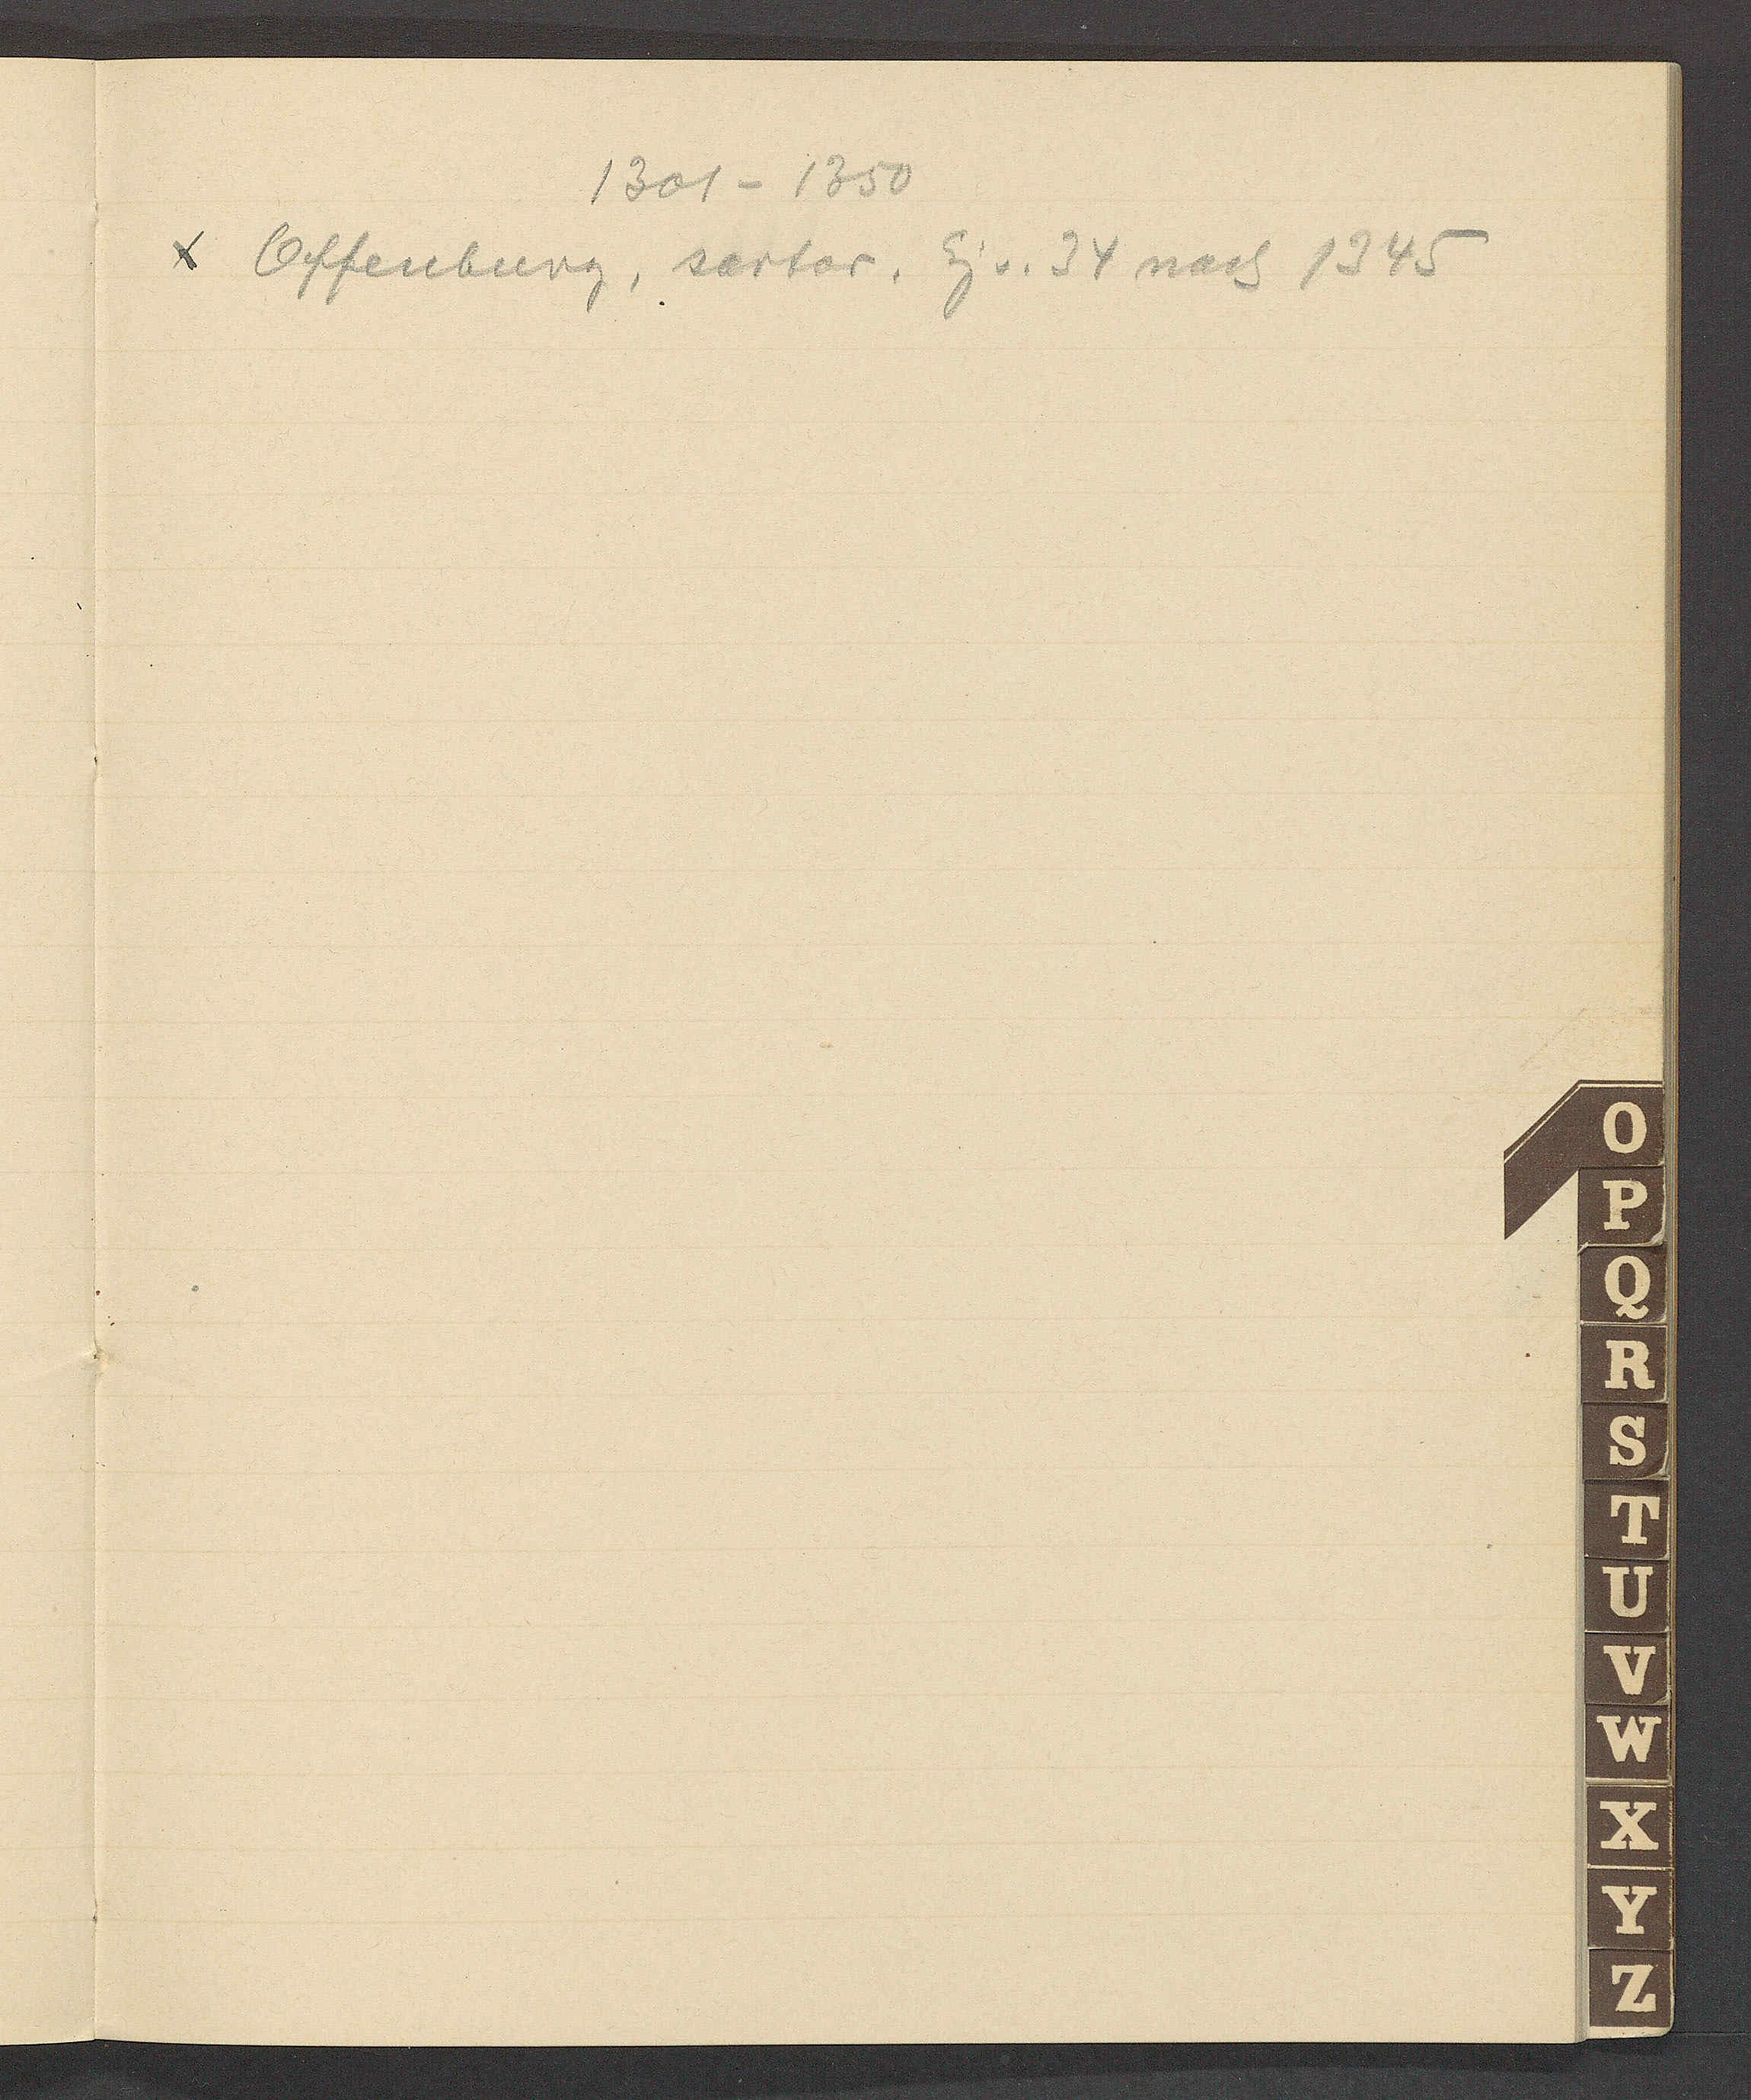
Transcript:
1301 – 1350
Offenburg, sartor. Eig v. 34 nach 1345